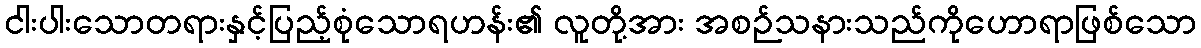
ငါးပါးသောတရားနှင့်ပြည့်စုံသောရဟန်း၏ လူတို့အား အစဉ်သနားသည်ကိုဟောရာဖြစ်သော